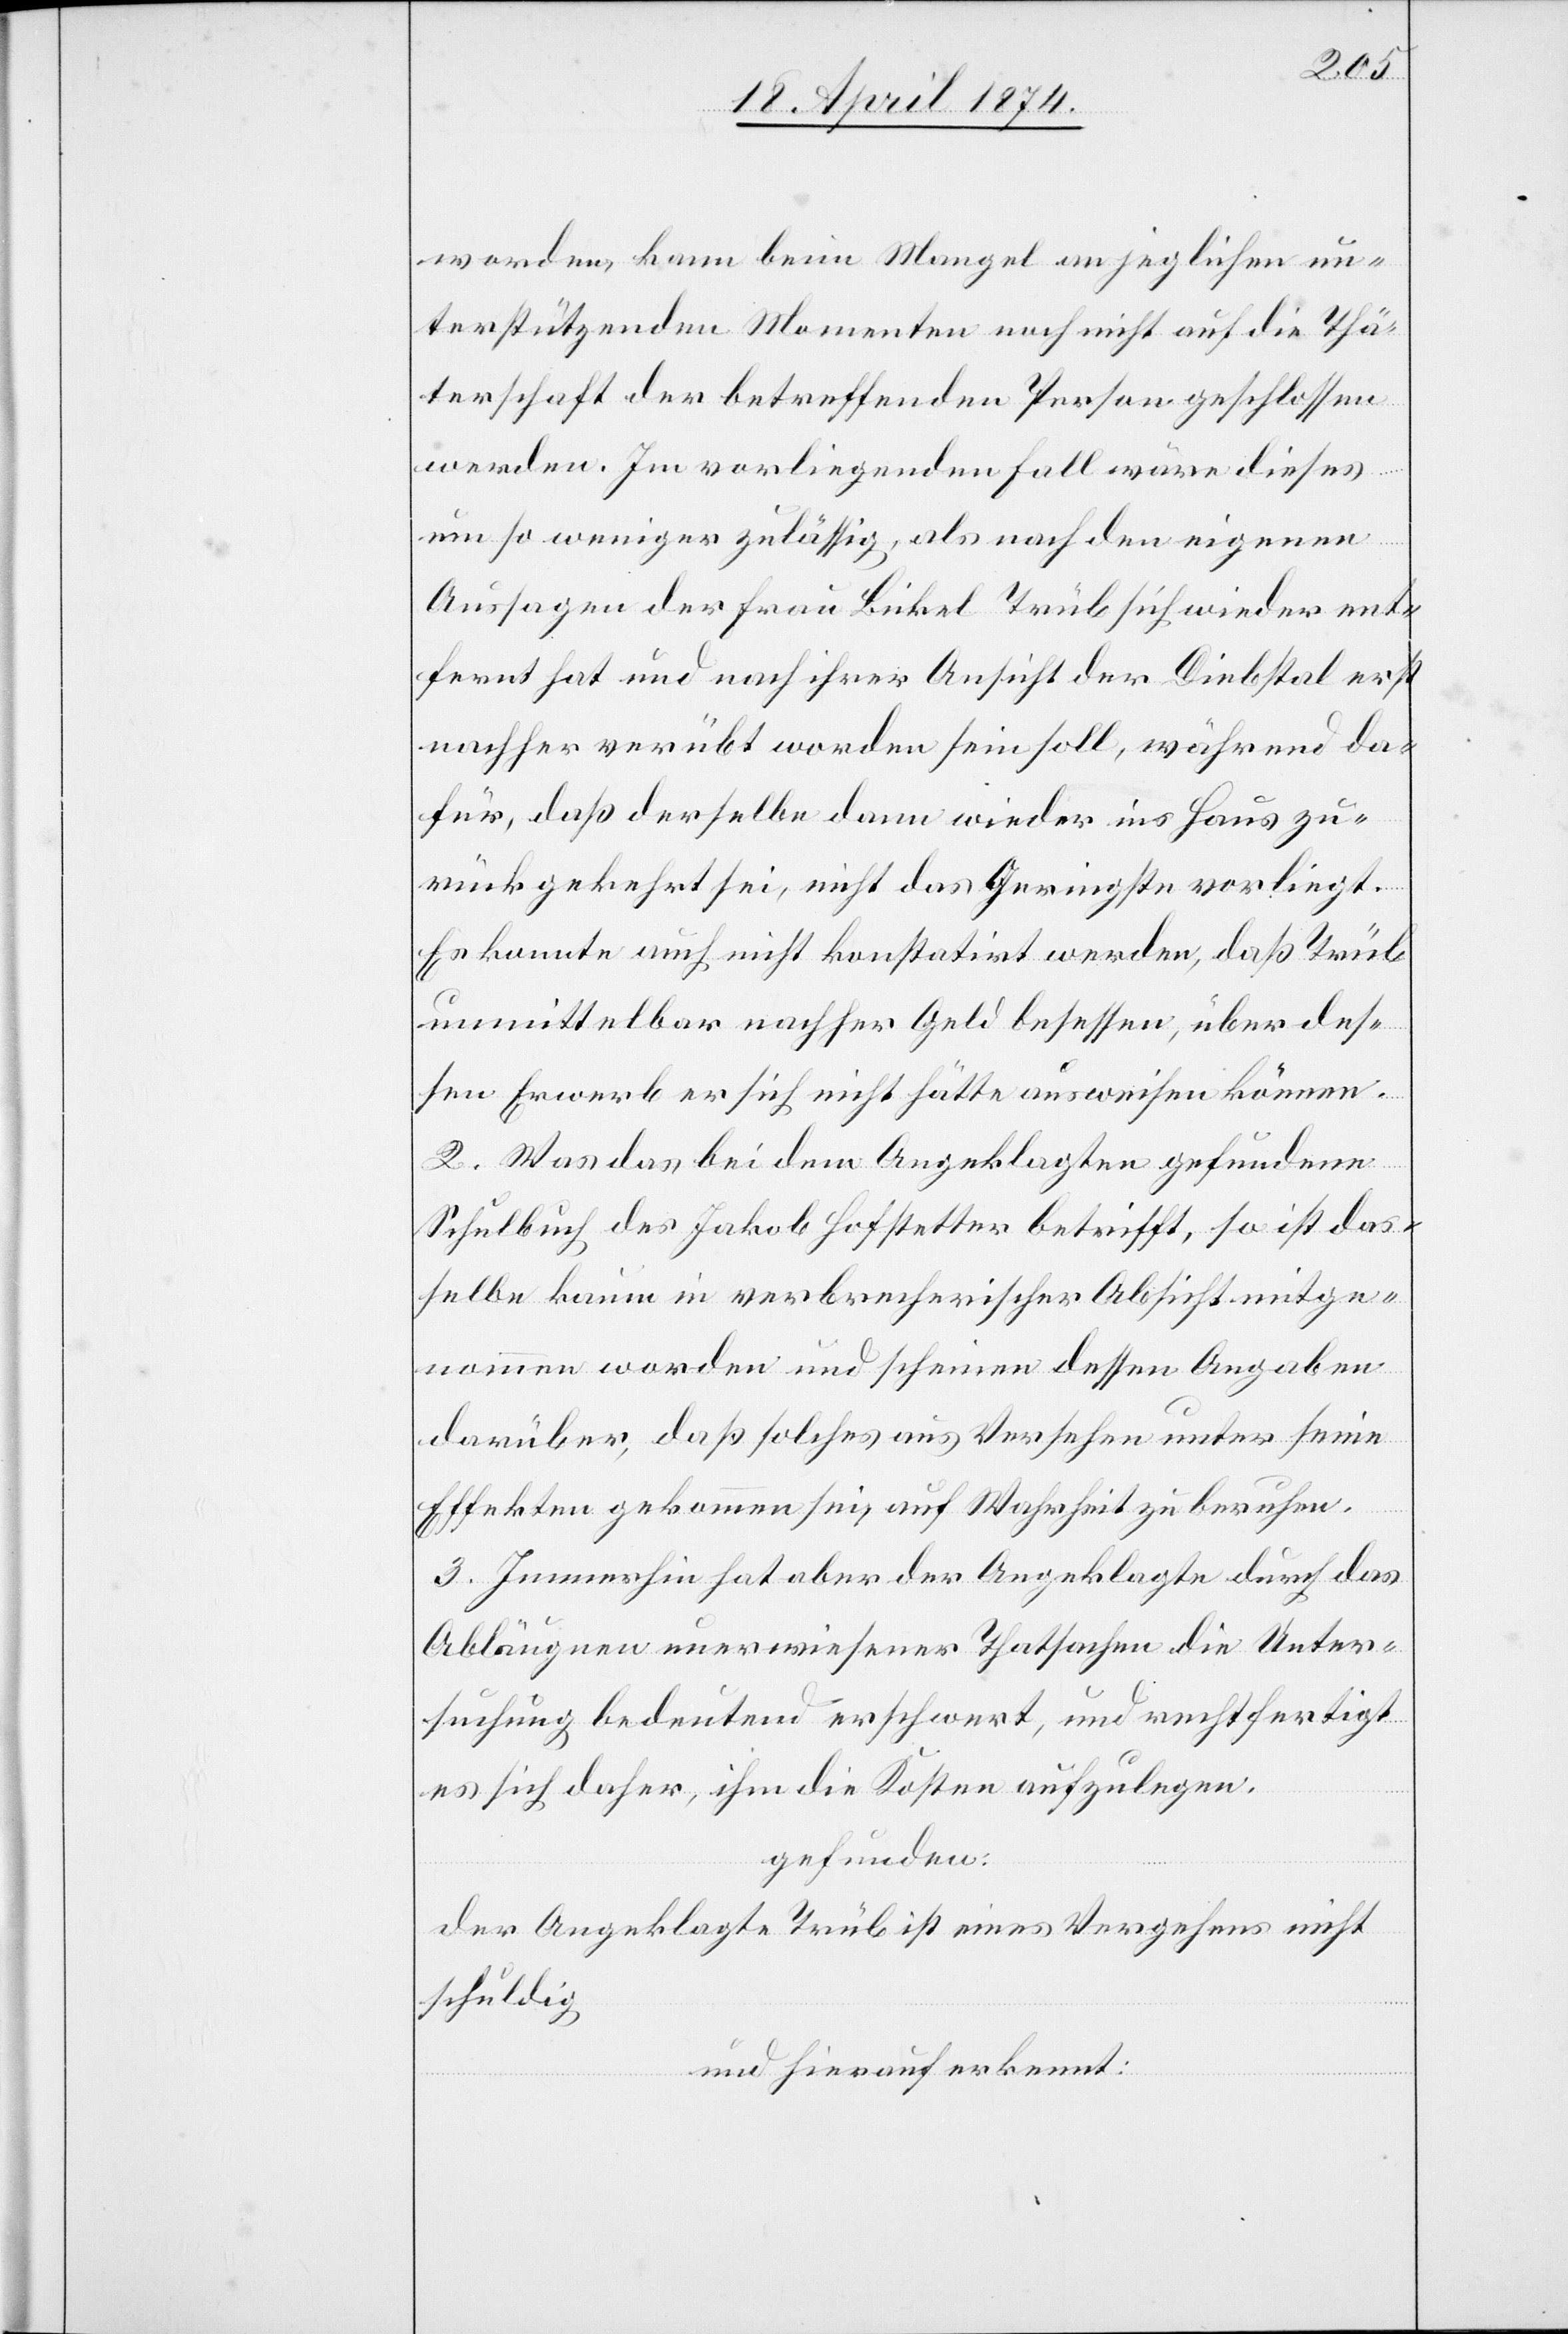
werden, kann beim Mangel an jeglichen un¬
terstützenden Momenten noch nicht auf die Thä¬
terschaft der betreffenden Person geschlossen
werden. Im vorliegenden Fall wäre dieses
um so weniger zulässig, als nach den eigenen
Aussagen der Frau Bickel Trüb sich wieder ent¬
fernt hat und nach ihrer Ansicht der Diebstal erst
nachher verübt worden sein soll, während da¬
für, daß derselbe dann wieder ins Haus zu¬
rückgekehrt sei, nicht das Geringste vorliegt.
Es konnte auch nicht konstatirt werden, daß Trüb
unmittelbar nachher Geld besessen, über des¬
sen Erwerb er sich nicht hätte ausweisen können.
2. Was das bei dem Angeklagten gefundene
Schulbuch des Jakob Hofstetter betrifft, so ist das¬
selbe kaum in verbrecherischer Absicht mitge¬
nommen worden und scheinen dessen Angaben
darüber, daß solches aus Versehen unter seine
Effekten gekommen sei, auf Wahrheit zu beruhen.
3. Immerhin hat aber der Angeklagte durch das
Abläugnen unerwiesener Thatsachen die Unter¬
suchung bedeutend erschwert, und rechtfertigt
es sich daher, ihm die Kosten aufzulegen.
gefunden:
der Angeklagte Trüb ist eines Vergehens nicht
schuldig
und hierauf erkannt: